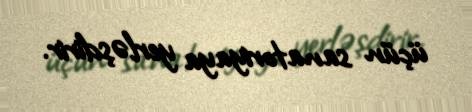
üçün sanatoriyaya yerləşdirir.